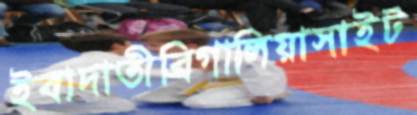
ইবাদাতীব্রিগালিয়াসাইট